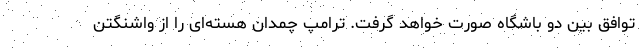
توافق بین دو باشگاه صورت خواهد گرفت. ترامپ چمدان هسته‌ای را از واشنگتن